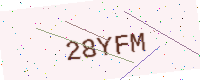
Text: 28YFM